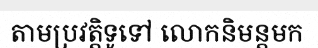
តាមប្រវត្តិទូទៅ លោកនិមន្តមក